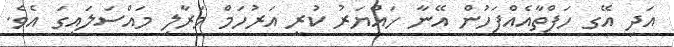
އަދި އޭގ ހަފްތާއެއްފަހުން އޭނާ ހައްޔަރު ކުރީ އަރުހަމް މަރާލި މައްސަލައިގަ އެވެ.